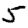
Digit: 5